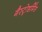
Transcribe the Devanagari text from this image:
गैस्ट्रोडर्मिस